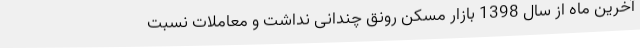
آخرین ماه از سال 1398 بازار مسکن رونق چندانی نداشت و معاملات نسبت